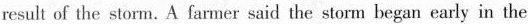
result of the storm. A farmer said the storm began early in the